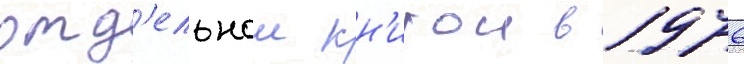
отд'ельнои кн'игои в 1976